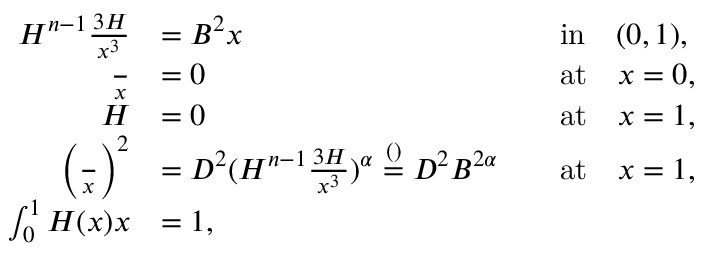
\begin{array} { r l r l } { H ^ { n - 1 } \frac { \d ^ { 3 } H } { \d x ^ { 3 } } } & { = B ^ { 2 } x } & & { \mathrm { i n } \quad ( 0 , 1 ) , } \\ { \frac { \d H } { \d x } } & { = 0 } & & { \mathrm { a t } \quad x = 0 , } \\ { H } & { = 0 } & & { \mathrm { a t } \quad x = 1 , } \\ { \left( \frac { \d H } { \d x } \right) ^ { 2 } } & { = D ^ { 2 } ( H ^ { n - 1 } \frac { \d ^ { 3 } H } { \d x ^ { 3 } } ) ^ { \alpha } \stackrel { ( ) } = D ^ { 2 } B ^ { 2 \alpha } } & & { \mathrm { a t } \quad x = 1 , } \\ { \int _ { 0 } ^ { 1 } H ( x ) \d x } & { = 1 , } & & { } \end{array}